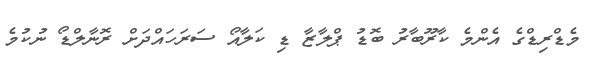
މެޑްރިޑްގެ އެންމެ ކާރޫބާރު ބޮޑު ޕްލާޒާ ޑި ކަލާއޯ ސަރަހައްދަށް ރޮނާލްޑޯ ނުކުމެ